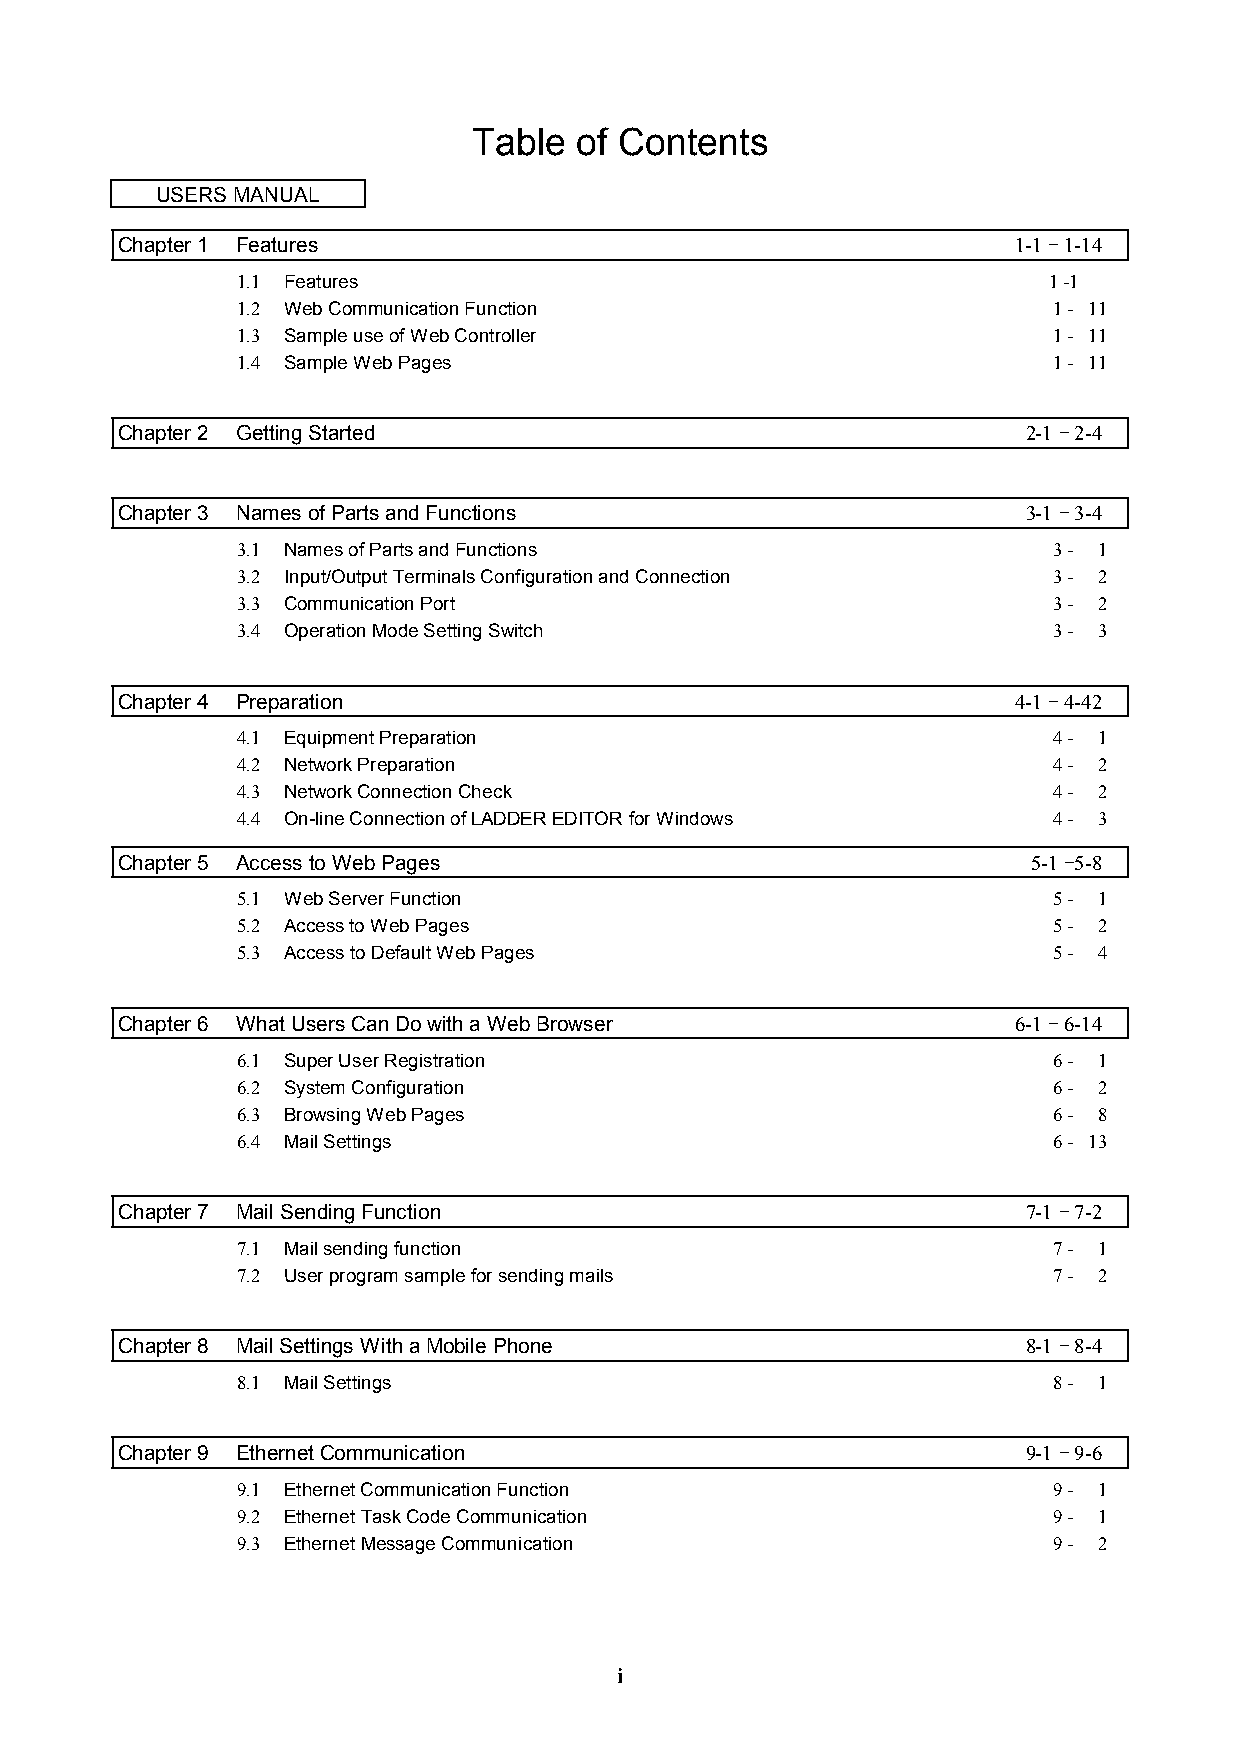
Table  of Contents
 USERS MANUAL
 Chapter 1 Features                                         1-1 - 1-14
 1.1 Features                                         1 -1
 1.2 Web Communication Function                        1 - 11
 1.3 Sample use of Web Controller                      1 - 11
 1.4 Sample Web Pages                                  1 - 11
 Chapter 2 Getting Started                                   2-1 - 2-4
 Chapter 3 Names of Parts and Functions                      3-1 - 3-4
 3.1 Names of Parts and Functions                      3 - 1
 3.2 Input/Output Terminals Configuration and Connection 3 - 2
 3.3 Communication Port                                3 - 2
 3.4 Operation Mode Setting Switch                     3 - 3
 Chapter 4 Preparation                                      4-1 - 4-42
 4.1 Equipment Preparation                             4 - 1
 4.2 Network Preparation                               4 - 2
 4.3 Network Connection Check                          4 - 2
 4.4 On-line Connection of LADDER EDITOR for Windows   4 - 3
 Chapter 5 Access to Web Pages                               5-1 -5-8
 5.1 Web Server Function                               5 - 1
 5.2 Access to Web Pages                               5 - 2
 5.3 Access to Default Web Pages                       5 - 4
 Chapter 6 What Users Can Do with a Web Browser             6-1 - 6-14
 6.1 Super User Registration                           6 - 1
 6.2 System Configuration                              6 - 2
 6.3 Browsing Web Pages                                6 - 8
 6.4 Mail Settings                                     6 - 13
 Chapter 7 Mail Sending Function                             7-1 - 7-2
 7.1 Mail sending function                             7 - 1
 7.2 User program sample for sending mails             7 - 2
 Chapter 8 Mail Settings With a Mobile Phone                 8-1 - 8-4
 8.1 Mail Settings                                     8 - 1
 Chapter 9 Ethernet Communication                            9-1 - 9-6
 9.1 Ethernet Communication Function                   9 - 1
 9.2 Ethernet Task Code Communication                  9 - 1
 9.3 Ethernet Message Communication                    9 - 2
 i